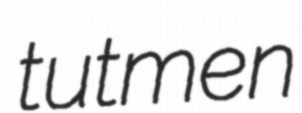
tutmen